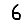
Digit: 6